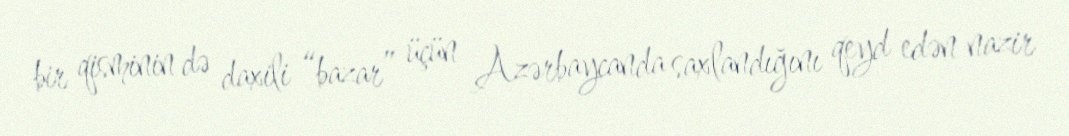
bir qisminin də daxili “bazar” üçün Azərbaycanda saxlandığını qeyd edən nazir